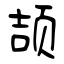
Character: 颉